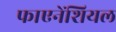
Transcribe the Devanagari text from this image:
फाएनेंशियल